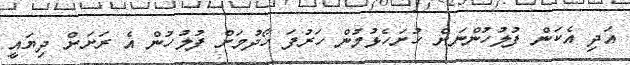
އަދި އެކަން ފުލުހުންނަށް ހުށަހެޅުމުން ހަރުފަ ހޯދުމަށް ފުލުހުން އެ ރަށަށް ދިޔައީ